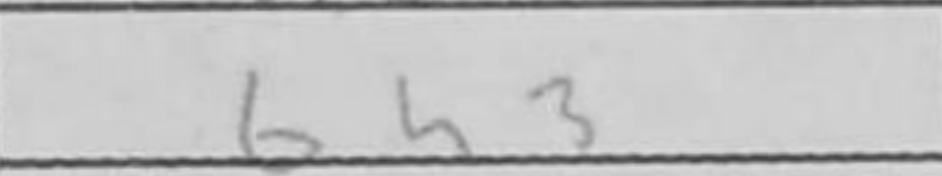
Transcription: Bh3